Annual report on the working of the mental hospitals in the Madras Presidency - 1912-1932
Year: 1912
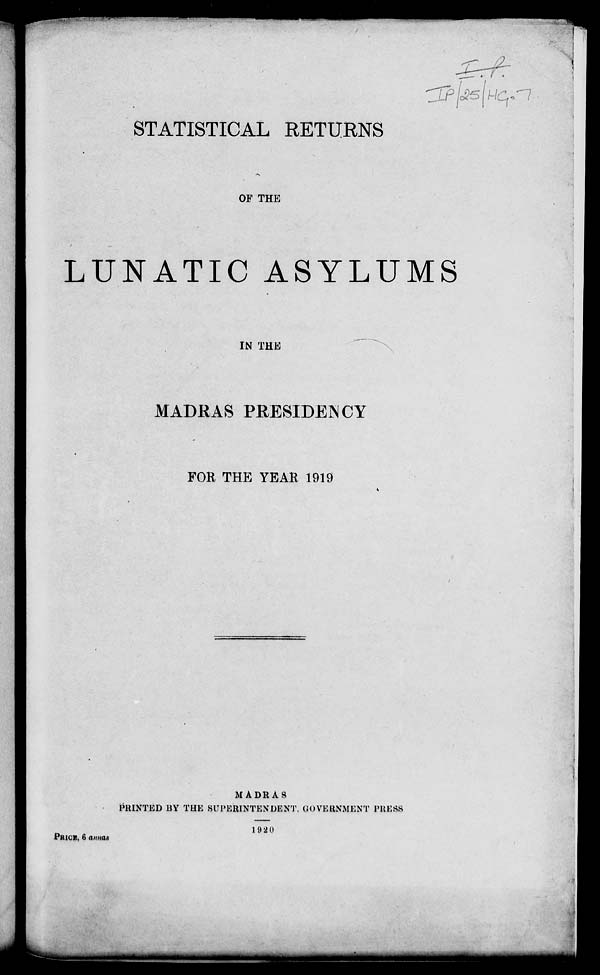
STATISTICAL RETURNS
OF THE
LUNATIC ASYLUMS
IN THE
MADRAS PRESIDENCY
FOR THE YEAR 1919
MADRAS
PRINTED BY THE SUPERINTENDENT, GOVERNMENT PRESS
1920
PRICE, 6 annas